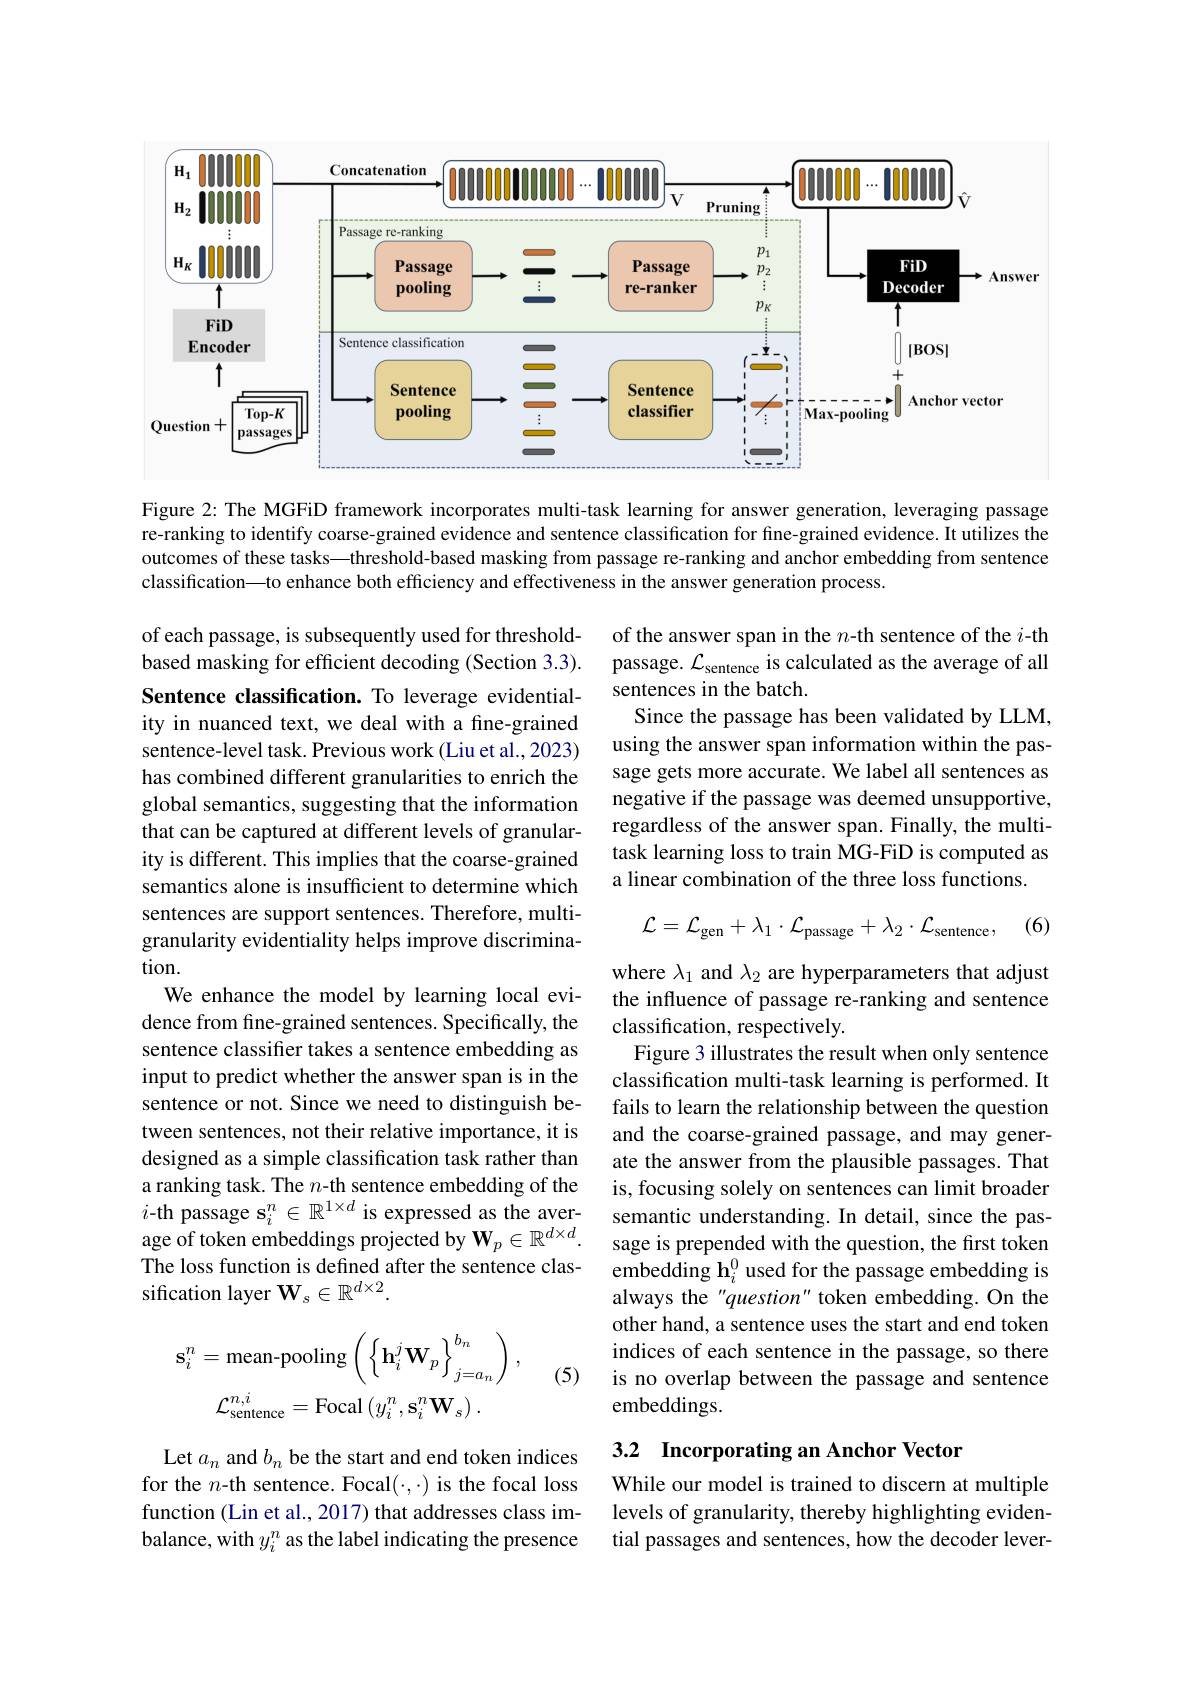
<FigureHere>

Figure 2: The MGFiD framework incorporates multi-task learning for answer generation, leveraging passage re-ranking to identify coarse-grained evidence and sentence classification for fine-grained evidence. It utilizes the outcomes of these tasks——threshold-based masking from passage re-ranking and anchor embedding from sentence classification—to enhance both efficiency and effectiveness in the answer generation process.

of the answer span in the $n$-th sentence of the $i$-th passage. $\mathcal{L}_\mathrm{sentence}$ is calculated as the average of all sentences in the batch.
Since the passage has been validated by LLM, using the answer span information within the passage gets more accurate. We label all sentences as negative if the passage was deemed unsupportive, regardless of the answer span. Finally, the multitask learning loss to train MG-FiD is computed as a linear combination of the three loss functions.

(6)
$$\mathcal{L}=\mathcal{L}_{\mathrm{gen}}+\lambda_1\cdot\mathcal{L}_{\mathrm{passage}}+\lambda_2\cdot\mathcal{L}_{\mathrm{sentence}},$$
of each passage, is subsequently used for thresholdbased masking for efficient decoding (Section 3.3). Sentence classification. To leverage evidentiality in nuanced text, we deal with a fine-grained sentence-level task. Previous work (Liu et al., 2023) has combined different granularities to enrich the global semantics, suggesting that the information that can be captured at different levels of granularity is different. This implies that the coarse-grained semantics alone is insufficient to determine which sentences are support sentences. Therefore, multigranularity evidentiality helps improve discrimination.
We enhance the model by learning local evidence from fine-grained sentences. Specifically, the sentence classifier takes a sentence embedding as input to predict whether the answer span is in the sentence or not. Since we need to distinguish between sentences, not their relative importance, it is designed as a simple classification task rather than a ranking task. The $n$-th sentence embedding of the $i\text{-th passage s}_i^n\in\mathbb{R}^{1\times d}$ is expressed as the aver- semantic understanding. In detail, since the pas-
age of token embeddings projected by $\mathbf{W}_p\in\mathbb{R}^{d\times d}.$ The loss function is defined after the sentence classification layer $\mathbf{W}_s\in\mathbb{R}^{d\times2}.$

where $\lambda_1$ and $\lambda_2$ are hyperparameters that adjust the influence of passage re-ranking and sentence classification, respectively.
Figure 3 illustrates the result when only sentence classification multi-task learning is performed. It fails to learn the relationship between the question and the coarse-grained passage, and may generate the answer from the plausible passages. That is, focusing solely on sentences can limit broader sage is prepended with the question, the first token embedding h$_i^{0}$ used for the passage embedding is always the "question" token embedding. On the other hand, a sentence uses the start and end token indices of each sentence in the passage, so there is no overlap between the passage and sentence embeddings.
$$\mathbf{s}_{i}^{n}=\text{mean-pooling}\left(\left\{\mathbf{h}_{i}^{j}\mathbf{W}_{p}\right\}_{j=a_{n}}^{b_{n}}\right),\\\mathcal{L}_{\mathrm{sentence}}^{n,i}=\mathrm{Focal}\left(y_{i}^{n},\mathbf{s}_{i}^{n}\mathbf{W}_{s}\right).$$
(5)

## 3.2 Incorporating an Anchor Vector

Let $a_n$ and $b_n$ be the start and end token indices for the $n$-th sentence. Focal($\cdot,\cdot)$ is the focal loss function (Lin et al., 2017) that addresses class imbalance, with $y_i^n$ as the label indicating the presence

While our model is trained to discern at multiple levels of granularity, thereby highlighting evidential passages and sentences, how the decoder lever-